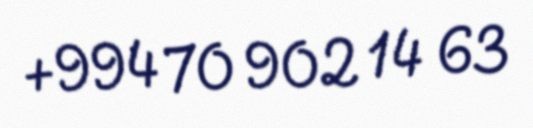
+994 70 902 14 63